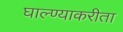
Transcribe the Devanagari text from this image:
घाल्ण्याकरीता